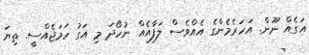
އަގެއް ނޫން. އަހަރެމެންގެ އެއްވެސް ލަފާއެއް ނުހޯދަ މި އަގު ހަމަޖެއްސީ. ތިޔަ